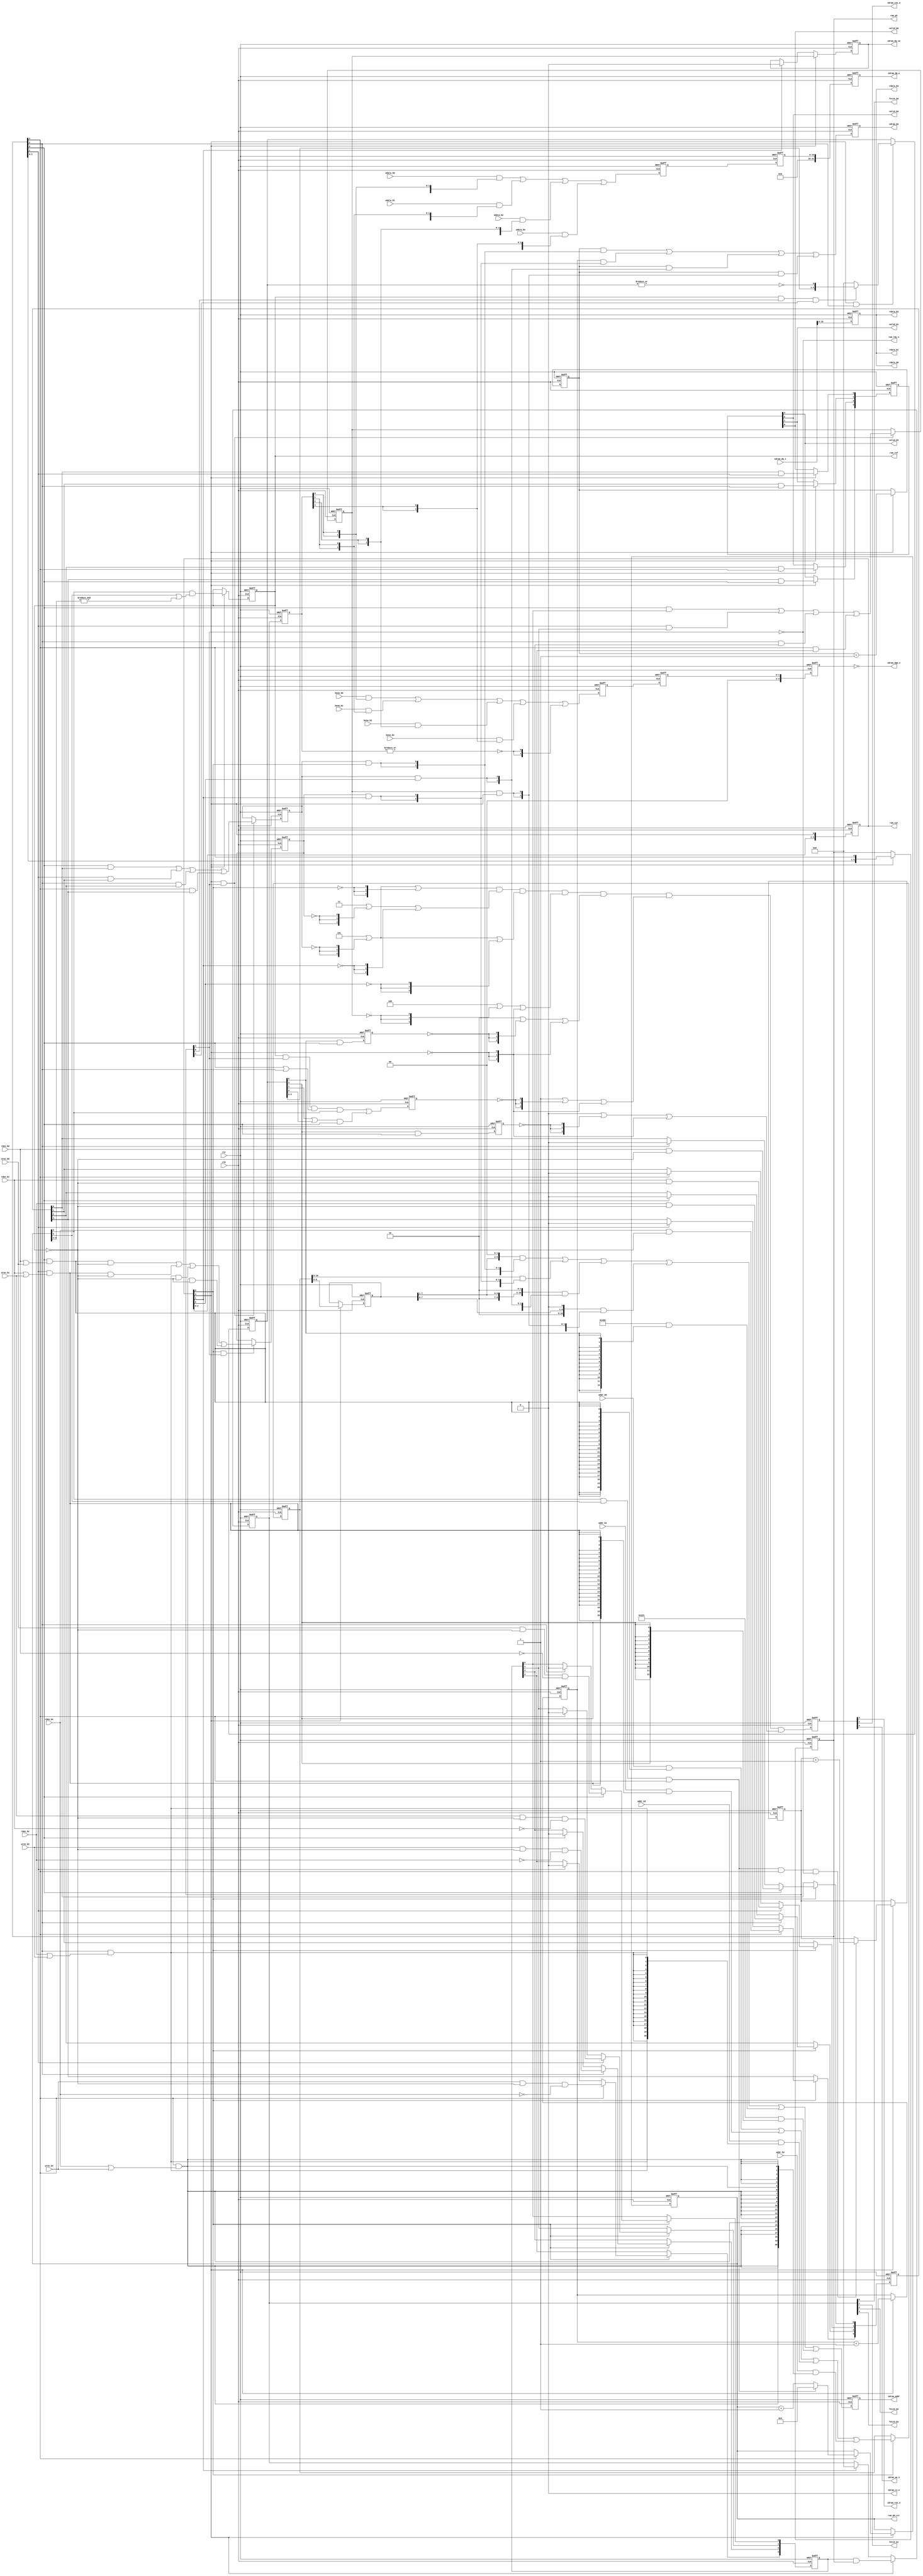
// Copyright 2008-2019 Frederic Requin
//
// This file is part of the 1943 FPGA core
//
// The 1943 FPGA core is free software; you can redistribute it and/or modify
// it under the terms of the GNU General Public License as published by
// the Free Software Foundation; either version 3 of the License, or
// (at your option) any later version.
//
// The 1943 FPGA core is distributed in the hope that it will be useful,
// but WITHOUT ANY WARRANTY; without even the implied warranty of
// MERCHANTABILITY or FITNESS FOR A PARTICULAR PURPOSE.  See the
// GNU General Public License for more details.
//
// You should have received a copy of the GNU General Public License
// along with this program.  If not, see <http://www.gnu.org/licenses/>.

`timescale 1 ns / 1 ps

module sdram_ctrl
(
    //-----------------------------
    // Clock and reset
    //-----------------------------
    input         rst,             // Global reset
    input         clk,             // Master clock (72 MHz)
    
    output        ram_rdy_n,       // SDRAM ready
    output        ram_ref,         // SDRAM refresh
    output  [3:0] ram_cyc,         // SDRAM cycles
    output  [3:0] ram_ph,          // SDRAM phases
    output  [8:0] ram_ph_ctr,      // Phase counter
    
    //-----------------------------
    // Access bank #0
    //-----------------------------
    input         rden_b0,         // Read enable
    input         wren_b0,         // Write enable
    input  [22:2] addr_b0,         // Address (up to 8 MB)
    output        valid_b0,        // Read data valid
    output        fetch_b0,        // Write data fetch
    output [15:0] rdata_b0,        // Read data
    input  [15:0] wdata_b0,        // Write data
    input   [1:0] bena_b0,         // Byte enable
    
    //-----------------------------
    // Access bank #1
    //-----------------------------
    input         rden_b1,         // Read enable
    input         wren_b1,         // Write enable
    input  [22:2] addr_b1,         // Address (up to 8 MB)
    output        valid_b1,        // Read data valid
    output        fetch_b1,        // Write data fetch
    output [15:0] rdata_b1,        // Read data
    input  [15:0] wdata_b1,        // Write data
    input   [1:0] bena_b1,         // Byte enable
    
    //-----------------------------
    // Access bank #2
    //-----------------------------
    input         rden_b2,         // Read enable
    input         wren_b2,         // Write enable
    input  [22:2] addr_b2,         // Address (up to 8 MB)
    output        valid_b2,        // Read data valid
    output        fetch_b2,        // Write data fetch
    output [15:0] rdata_b2,        // Read data
    input  [15:0] wdata_b2,        // Write data
    input   [1:0] bena_b2,         // Byte enable
    
    //-----------------------------
    // Access bank #3
    //-----------------------------
    input         rden_b3,         // Read enable
    input         wren_b3,         // Write enable
    input  [22:2] addr_b3,         // Address (up to 8 MB)
    output        valid_b3,        // Read data valid
    output        fetch_b3,        // Write data fetch
    output [15:0] rdata_b3,        // Read data
    input  [15:0] wdata_b3,        // Write data
    input   [1:0] bena_b3,         // Byte enable
    
    //-----------------------------
    // SDRAM memory signals
    //-----------------------------
    output            sdram_cs_n,  // SDRAM chip select
    output reg        sdram_ras_n, // SDRAM row address strobe
    output reg        sdram_cas_n, // SDRAM column address strobe
    output reg        sdram_we_n,  // SDRAM write enable
    //
    output reg  [1:0] sdram_ba,    // SDRAM bank address
    output reg [12:0] sdram_addr,  // SDRAM address
    //
    output reg  [3:0] sdram_dqm_n, // SDRAM DQ masks
    output reg        sdram_dq_oe, // SDRAM data output enable
    output reg [31:0] sdram_dq_o,  // SDRAM data output
    input      [31:0] sdram_dq_i   // SDRAM data input
);
    // SDRAM memory size (16 or 32 MB)
    parameter SDRAM_SIZE  = 16;
    // SDRAM memory width (16 or 32 bits)
    parameter SDRAM_WIDTH = 16;
    // Clock-to-output delay (for simulation)
    parameter Tco_dly = 4.5;
    // SDRAM commands
    localparam [2:0]
        CMD_LMR = 3'b000,
        CMD_REF = 3'b001,
        CMD_PRE = 3'b010,
        CMD_ACT = 3'b011,
        CMD_WR  = 3'b100,
        CMD_RD  = 3'b101,
        CMD_BST = 3'b110,
        CMD_NOP = 3'b111;
        
    // ======================================================
    // SDRAM sequencer control
    // ======================================================
    
    reg [3:0] r_ram_cyc;
    reg [3:0] r_ram_ph;
    reg [1:0] r_ba0_ctr;
    reg [1:0] r_ba1_ctr;
    reg [8:0] r_ph_ctr;
    reg [2:0] r_ini_ctr;
    reg       r_ref_ena;
    wire      w_bus_eol;
    
    assign w_bus_eol = r_ph_ctr[8] & r_ph_ctr[5] & r_ram_ph[3]; // 288
    
    always@(posedge rst or posedge clk) begin : SEQUENCER_CTRL
        
        if (rst) begin
            r_ram_cyc <= 4'b0001;
            r_ram_ph  <= 4'b0001;
            r_ba0_ctr <= 2'd0;
            r_ba1_ctr <= 2'd3;
            r_ph_ctr  <= 9'd3;
            r_ini_ctr <= 3'd0;
            r_ref_ena <= 1'b0;
        end
        else begin
            r_ram_cyc <= { r_ram_cyc[2:0], r_ram_cyc[3] };
            if (r_ram_cyc[3]) begin
                r_ram_ph  <= { r_ram_ph[2:0], r_ram_ph[3] };
                r_ba0_ctr <= r_ba0_ctr + 2'd1;
                r_ba1_ctr <= r_ba1_ctr + 2'd1;
                // Phase counter : 3 - 288
                if (r_ram_ph[3]) begin
                    r_ph_ctr <= (w_bus_eol) ? 9'd3 : r_ph_ctr + 9'd1;
                end
                // Initialization done after 4 scanlines
                if (w_bus_eol & r_ram_ph[3] & ~r_ini_ctr[2])
                    r_ini_ctr <= r_ini_ctr + 3'd1;
                // Refreshes are enabled during phase 284 - 288
                r_ref_ena <= r_ph_ctr[8] & (r_ph_ctr[5] | &r_ph_ctr[4:2]);
            end
        end
    end
    
    assign ram_ref    = r_ref_ena;
    assign ram_cyc    = r_ram_cyc;
    assign ram_ph     = r_ram_ph;
    assign ram_ph_ctr = r_ph_ctr;
    assign ram_rdy_n  = ~r_ini_ctr[2];
    
    // ======================================================
    // SDRAM phase generation
    // ======================================================
    
    reg [3:0] r_rd_act;
    reg [3:0] r_wr_act;
    
    reg       r_act_ph; // Activate phase
    reg       r_rd_ph;  // Burst read phase
    reg       r_wr_ph;  // Burst write phase
    reg       r_ref_ph; // Auto-refresh phase
    reg [3:0] r_ini_ph; // Initialization phases
    reg       r_pre_ph; // Precharge phase
    reg       r_lmr_ph; // Load mode register phase
    
    always@(posedge rst or posedge clk) begin : PHASE_GEN
    
        if (rst) begin
            r_rd_act <= 4'b0000;
            r_wr_act <= 4'b0000;
            
            r_act_ph <= 1'b0;
            r_rd_ph  <= 1'b0;
            r_wr_ph  <= 1'b0;
            r_ref_ph <= 1'b0;
            r_ini_ph <= 4'b0000;
            r_pre_ph <= 1'b0;
            r_lmr_ph <= 1'b0;
        end
        else begin
            if (r_ram_cyc[0]) begin
                // Access port #0 read/write
                if (r_ram_ph[0]) begin
                    r_rd_act[0] <= rden_b0 & ~r_ref_ena;
                    r_wr_act[0] <= wren_b0 & ~r_ref_ena & ~rden_b0;
                end
                else if (r_ram_ph[2]) begin
                    r_rd_act[0] <= 1'b0;
                    r_wr_act[0] <= 1'b0;
                end
                // Access port #1 read/write
                if (r_ram_ph[1]) begin
                    r_rd_act[1] <= rden_b1 & ~r_ref_ena;
                    r_wr_act[1] <= wren_b1 & ~r_ref_ena & ~rden_b1;
                end
                else if (r_ram_ph[3]) begin
                    r_rd_act[1] <= 1'b0;
                    r_wr_act[1] <= 1'b0;
                end
                // Access port #2 read/write
                if (r_ram_ph[2]) begin
                    r_rd_act[2] <= rden_b2 & ~r_ref_ena;
                    r_wr_act[2] <= wren_b2 & ~r_ref_ena & ~rden_b2;
                end
                else if (r_ram_ph[0]) begin
                    r_rd_act[2] <= 1'b0;
                    r_wr_act[2] <= 1'b0;
                end
                // Access port #3 read/write
                if (r_ram_ph[3]) begin
                    r_rd_act[3] <= rden_b3 & ~r_ref_ena;
                    r_wr_act[3] <= wren_b3 & ~r_ref_ena & ~rden_b3;
                end
                else if (r_ram_ph[1]) begin
                    r_rd_act[3] <= 1'b0;
                    r_wr_act[3] <= 1'b0;
                end
            end
            
            if (r_ram_cyc[0] & r_ini_ctr[2]) begin
                // Activate phase
                r_act_ph <= (r_ram_ph[0] & (rden_b0 | wren_b0) & ~r_ref_ena)
                          | (r_ram_ph[1] & (rden_b1 | wren_b1) & ~r_ref_ena)
                          | (r_ram_ph[2] & (rden_b2 | wren_b2) & ~r_ref_ena)
                          | (r_ram_ph[3] & (rden_b3 | wren_b3) & ~r_ref_ena);
            end
            
            if (r_ram_cyc[3] & r_ini_ctr[2]) begin
                // Read phase
                r_rd_ph  <= (r_ram_ph[0] & r_rd_act[0])
                          | (r_ram_ph[1] & r_rd_act[1])
                          | (r_ram_ph[2] & r_rd_act[2])
                          | (r_ram_ph[3] & r_rd_act[3]);
                // Write phase
                r_wr_ph  <= (r_ram_ph[0] & r_wr_act[0])
                          | (r_ram_ph[1] & r_wr_act[1])
                          | (r_ram_ph[2] & r_wr_act[2])
                          | (r_ram_ph[3] & r_wr_act[3]);
            end

            // Initialization phases (0:PRE, 1:REF, 2:REF, 3:LMR)
            if (r_ram_cyc[3] & r_ram_ph[2]) begin
                if (r_ref_ena & r_ini_ctr[0] & r_ini_ctr[1]) begin
                    r_ini_ph <= { r_ini_ph[2:0], ~|r_ini_ph };
                end
                else begin
                    r_ini_ph <= 4'b0000;
                end
            end
            
            // Precharge phase
            r_pre_ph <= r_ini_ph[0] & r_ram_ph[0];
            
            // Refresh phase
            r_ref_ph <= r_ref_ena & r_ini_ctr[2] & (r_ram_ph[0] | r_ram_ph[2]) & r_ph_ctr[8] // Normal
                      | (r_ini_ph[1] | r_ini_ph[2]) & r_ram_ph[0];                           // Init
            
            // Load mode register phase
            r_lmr_ph <= r_ini_ph[3] & r_ram_ph[0];
            
        end
    end
    
    // ======================================================
    // SDRAM address generation
    // ======================================================
    
    reg  [22:2] r_addr_mux;
    reg  [10:2] r_addr_col;
    reg  [12:0] r_addr_sdr;
    reg   [1:0] r_ba_sdr;

    always@(posedge rst or posedge clk) begin : ADDRESS_GEN
    
        if (rst) begin
            r_addr_mux <= 21'd0;
            r_addr_col <= 9'd0;
            r_addr_sdr <= 13'd0;
            r_ba_sdr   <= 2'b00;
        end
        else begin
            // Port address multiplexer
            if (r_ram_cyc[0]) begin
                r_addr_mux <= addr_b0 & {21{r_ram_ph[0] & (rden_b0 | wren_b0) }}
                            | addr_b1 & {21{r_ram_ph[1] & (rden_b1 | wren_b1) }}
                            | addr_b2 & {21{r_ram_ph[2] & (rden_b2 | wren_b2) }}
                            | addr_b3 & {21{r_ram_ph[3] & (rden_b3 | wren_b3) }};
            end

            // Column address (for read/write op.)
            if (r_ram_cyc[3]) begin
                r_addr_col <= r_addr_mux[10:2];
            end
            
            // Memories layouts :
            // ------------------
            // SDRAM  4M x 32b (128 Mb) : 4 banks x 4096 rows x 256 cols x 32 bits
            // SDRAM  8M x 32b (256 Mb) : 4 banks x 4096 rows x 512 cols x 32 bits
            // SDRAM  8M x 16b (128 Mb) : 4 banks x 4096 rows x 512 cols x 16 bits
            // SDRAM 16M x 16b (256 Mb) : 4 banks x 8192 rows x 512 cols x 16 bits
    
            // Row / col address
            if (SDRAM_WIDTH == 32) begin
                // 32-bit bus
                if (SDRAM_SIZE == 32) begin
                    // 32 MB
                    r_addr_sdr <= { 4'b0000,  r_addr_col[10: 3], 1'b0 } & {13{r_rd_ph  & r_ram_cyc[0]}}  //  512 cols
                                | { 1'b0,     r_addr_mux[22:11]       } & {13{r_act_ph & r_ram_cyc[1]}}  // 4096 rows
                                | { 4'b0010,  r_addr_col[10: 3], 1'b1 } & {13{r_rd_ph  & r_ram_cyc[2]}}  //  512 cols
                                | { 4'b0010,  r_addr_col[10: 2]       } & {13{r_wr_ph  & r_ram_cyc[3]}}  //  512 cols
                                | { 3'b001,             10'b000000000 } & {13{r_ini_ph[0]            }}  // Init : precharge all
                                | { 3'b000,        10'b1_00_010_0_000 } & {13{r_ini_ph[3]            }}; // Init : load mode register (BL=1, CAS=2)
                end
                else begin
                    // 16 MB
                    r_addr_sdr <= { 5'b00000, r_addr_col[ 9: 3], 1'b0 } & {13{r_rd_ph  & r_ram_cyc[0]}}  //  256 cols
                                | { 1'b0,     r_addr_mux[21:10]       } & {13{r_act_ph & r_ram_cyc[1]}}  // 4096 rows
                                | { 5'b00100, r_addr_col[ 9: 3], 1'b1 } & {13{r_rd_ph  & r_ram_cyc[2]}}  //  256 cols
                                | { 5'b00100, r_addr_col[ 9: 2]       } & {13{r_wr_ph  & r_ram_cyc[3]}}  //  256 cols
                                | { 3'b001,             10'b000000000 } & {13{r_ini_ph[0]            }}  // Init : precharge all
                                | { 3'b000,        10'b1_00_010_0_000 } & {13{r_ini_ph[3]            }}; // Init : load mode register (BL=1, CAS=2)
                end
            end
            else begin
                // 16-bit bus
                if (SDRAM_SIZE == 32) begin
                    // 32 MB
                    r_addr_sdr <= { 4'b0000, r_addr_col[9:3], 2'b00 } & {13{r_rd_ph  & r_ram_cyc[0]}}  //  512 cols
                                |            r_addr_mux[22:10]        & {13{r_act_ph & r_ram_cyc[1]}}  // 8192 rows
                                | { 4'b0010, r_addr_col[9:3], 2'b10 } & {13{r_rd_ph  & r_ram_cyc[2]}}  //  512 cols
                                | { 4'b0010, r_addr_col[9:2],  1'b0 } & {13{r_wr_ph  & r_ram_cyc[3]}}  //  512 cols
                                | { 3'b001,           10'b000000000 } & {13{r_ini_ph[0]            }}  // Init : precharge all
                                | { 3'b000,      10'b1_00_010_0_001 } & {13{r_ini_ph[3]            }}; // Init : load mode register (BL=2, CAS=2)
                end
                else begin
                    // 16 MB
                    r_addr_sdr <= { 4'b0000, r_addr_col[9:3], 2'b00 } & {13{r_rd_ph  & r_ram_cyc[0]}}  //  512 cols
                                | { 1'b0,    r_addr_mux[21:10]      } & {13{r_act_ph & r_ram_cyc[1]}}  // 4096 rows
                                | { 4'b0010, r_addr_col[9:3], 2'b10 } & {13{r_rd_ph  & r_ram_cyc[2]}}  //  512 cols
                                | { 4'b0010, r_addr_col[9:2],  1'b0 } & {13{r_wr_ph  & r_ram_cyc[3]}}  //  512 cols
                                | { 3'b001,           10'b000000000 } & {13{r_ini_ph[0]            }}  // Init : precharge all
                                | { 3'b000,      10'b1_00_010_0_001 } & {13{r_ini_ph[3]            }}; // Init : load mode register (BL=2, CAS=2)
                end
            end
            
            // Bank address
            r_ba_sdr   <= r_ba1_ctr & {2{r_rd_ph  & r_ram_cyc[0]}}  // 32-bit read
                        | r_ba0_ctr & {2{r_act_ph & r_ram_cyc[1]}}  // Activate
                        | r_ba1_ctr & {2{r_rd_ph  & r_ram_cyc[2]}}  // 32-bit read with auto-precharge
                        | r_ba1_ctr & {2{r_wr_ph  & r_ram_cyc[3]}}; // 32-bit write with auto-precharge
        end
    end
    
    // ======================================================
    // SDRAM command generation
    // ======================================================
    
    reg  [2:0] r_cmd_sdr;
        
    always@(posedge rst or posedge clk) begin : COMMAND_GEN
        reg [2:0] v_cmd_0;
        reg [2:0] v_cmd_1;
        reg [2:0] v_cmd_2;
        reg [2:0] v_cmd_3;
        reg [2:0] v_cmd_4;
        reg [2:0] v_cmd_5;
        reg [2:0] v_cmd_6;
    
        if (rst) begin
            r_cmd_sdr <= CMD_NOP;
        end
        else begin
            v_cmd_0 = CMD_RD  | {3{~r_rd_ph }};
            v_cmd_1 = CMD_ACT | {3{~r_act_ph}};
            v_cmd_2 = CMD_RD  | {3{~r_rd_ph }};
            v_cmd_3 = CMD_WR  | {3{~r_wr_ph }};
            v_cmd_4 = CMD_PRE | {3{~r_pre_ph}};
            v_cmd_5 = CMD_REF | {3{~r_ref_ph}};
            v_cmd_6 = CMD_LMR | {3{~r_lmr_ph}};
            
            r_cmd_sdr <= (v_cmd_0 | {3{~r_ram_cyc[0]}})
                       & (v_cmd_1 | {3{~r_ram_cyc[1]}})
                       & (v_cmd_2 | {3{~r_ram_cyc[2]}})
                       & (v_cmd_3 | {3{~r_ram_cyc[3]}})
                       & (v_cmd_4 | {3{~r_ram_cyc[3]}})
                       & (v_cmd_5 | {3{~r_ram_cyc[3]}})
                       & (v_cmd_6 | {3{~r_ram_cyc[3]}});
        end
    end
    
    assign sdram_cs_n  = 1'b0;
    
    // Command and address
    /* verilator lint_off STMTDLY */
    always@(*) sdram_ras_n = #Tco_dly r_cmd_sdr[2];
    always@(*) sdram_cas_n = #Tco_dly r_cmd_sdr[1];
    always@(*) sdram_we_n  = #Tco_dly r_cmd_sdr[0];
    always@(*) sdram_ba    = #Tco_dly r_ba_sdr;
    always@(*) sdram_addr  = #Tco_dly r_addr_sdr;
    /* verilator lint_on STMTDLY */
    
    // ======================================================
    // Data being read
    // ======================================================
    
    reg   [3:0] r_data_vld;
    reg         r_data_sel;
    
    reg  [15:0] r_lrdata_p0;
    reg  [15:0] r_hrdata_p0;
    reg  [15:0] r_hrdata_p1;
    wire [15:0] w_rdata_p0;
    
    always@(posedge rst or posedge clk) begin : DATA_READ
        if (rst) begin
            r_data_vld  <= 4'b0000;
            r_data_sel  <= 1'b0;
            r_lrdata_p0 <= 16'h0000;
            r_hrdata_p0 <= 16'h0000;
            r_hrdata_p1 <= 16'h0000;
        end
        else begin
            if (r_ram_cyc[3]) begin
                r_data_vld[0] <= r_rd_act[0] & r_ram_ph[1];
                r_data_vld[1] <= r_rd_act[1] & r_ram_ph[2];
                r_data_vld[2] <= r_rd_act[2] & r_ram_ph[3];
                r_data_vld[3] <= r_rd_act[3] & r_ram_ph[0];
            end
            r_data_sel  <= r_ram_cyc[1] | r_ram_cyc[3];
            r_lrdata_p0 <= sdram_dq_i[15:0];
            r_hrdata_p0 <= sdram_dq_i[31:16];
            r_hrdata_p1 <= r_hrdata_p0;
        end
    end
    
    // 32-bit to 16-bit multiplexer
    assign w_rdata_p0 = (r_data_sel) ? r_hrdata_p1 : r_lrdata_p0;
    
    // Access Port #0
    assign rdata_b0 = (SDRAM_WIDTH == 32) ? w_rdata_p0 : r_lrdata_p0;
    assign valid_b0 = r_data_vld[0];
    
    // Access Port #1
    assign rdata_b1 = (SDRAM_WIDTH == 32) ? w_rdata_p0 : r_lrdata_p0;
    assign valid_b1 = r_data_vld[1];
    
    // Access Port #2
    assign rdata_b2 = (SDRAM_WIDTH == 32) ? w_rdata_p0 : r_lrdata_p0;
    assign valid_b2 = r_data_vld[2];
    
    // Access Port #3
    assign rdata_b3 = (SDRAM_WIDTH == 32) ? w_rdata_p0 : r_lrdata_p0;
    assign valid_b3 = r_data_vld[3];
    
    // ======================================================
    // Data being written
    // ======================================================
    
    reg   [3:0] r_data_fe_p0;
    reg   [3:0] r_data_fe_p1;
    reg         r_data_oe;
    
    reg  [15:0] r_wdata_p2a;
    reg  [15:0] r_wdata_p2b;
    reg  [31:0] r_wdata_p3;
    
    reg   [1:0] r_bena_p2a;
    reg   [1:0] r_bena_p2b;
    reg   [3:0] r_bena_p3;
    
    always@(posedge rst or posedge clk) begin : DATA_WRITE
        if (rst) begin
            r_data_fe_p0 <= 4'b0000;
            r_data_fe_p1 <= 4'b0000;
            r_data_oe    <= 1'b0;
            r_wdata_p2a  <= 16'h0000;
            r_wdata_p2b  <= 16'h0000;
            r_wdata_p3   <= 32'h0000_0000;
            r_bena_p2a   <= 2'b00;
            r_bena_p2b   <= 2'b00;
            r_bena_p3    <= 4'b00_00;
        end
        else begin
            if (r_ram_cyc[3]) begin
                r_data_fe_p0 <= r_wr_act & r_ram_ph;
                r_data_oe    <= r_wr_ph;
            end
            else if (r_ram_cyc[1]) begin
                r_data_fe_p0 <= 4'b0000;
                r_data_oe    <= 1'b0;
            end
            r_data_fe_p1 <= r_data_fe_p0;
            
            if (SDRAM_WIDTH == 32) begin
                // 16-bit -> 32-bit bus
                if (r_data_sel) begin
                    r_wdata_p2b <= wdata_b0 & {16{r_data_fe_p1[0]}}
                                 | wdata_b1 & {16{r_data_fe_p1[1]}}
                                 | wdata_b2 & {16{r_data_fe_p1[2]}}
                                 | wdata_b3 & {16{r_data_fe_p1[3]}};
                    r_bena_p2b  <= bena_b0 & {2{r_data_fe_p1[0]}}
                                 | bena_b1 & {2{r_data_fe_p1[1]}}
                                 | bena_b2 & {2{r_data_fe_p1[2]}}
                                 | bena_b3 & {2{r_data_fe_p1[3]}}
                                 | {2{~|r_data_fe_p1}};
                end
                else begin
                    r_wdata_p2a <= wdata_b0 & {16{r_data_fe_p1[0]}}
                                 | wdata_b1 & {16{r_data_fe_p1[1]}}
                                 | wdata_b2 & {16{r_data_fe_p1[2]}}
                                 | wdata_b3 & {16{r_data_fe_p1[3]}};
                    r_bena_p2a  <= bena_b0 & {2{r_data_fe_p1[0]}}
                                 | bena_b1 & {2{r_data_fe_p1[1]}}
                                 | bena_b2 & {2{r_data_fe_p1[2]}}
                                 | bena_b3 & {2{r_data_fe_p1[3]}}
                                 | {2{~|r_data_fe_p1}};
                end
                r_wdata_p3  <= { r_wdata_p2b, r_wdata_p2a };
                r_bena_p3   <= { r_bena_p2b, r_bena_p2a };
            end
            else begin
                // 16-bit bus
                r_wdata_p2a <= wdata_b0 & {16{r_data_fe_p1[0]}}
                             | wdata_b1 & {16{r_data_fe_p1[1]}}
                             | wdata_b2 & {16{r_data_fe_p1[2]}}
                             | wdata_b3 & {16{r_data_fe_p1[3]}};
                r_wdata_p2b <= r_wdata_p2a;
                r_wdata_p3  <= { 16'h0000, r_wdata_p2b };
                
                r_bena_p2a  <= bena_b0 & {2{r_data_fe_p1[0]}}
                             | bena_b1 & {2{r_data_fe_p1[1]}}
                             | bena_b2 & {2{r_data_fe_p1[2]}}
                             | bena_b3 & {2{r_data_fe_p1[3]}}
                             | {2{~|r_data_fe_p1}};
                r_bena_p2b  <= r_bena_p2a;
                r_bena_p3   <= { 2'b00, r_bena_p2b };
            end
        end
    end
    
    // Output mask, data & enable
    /* verilator lint_off STMTDLY */
    always@(*) sdram_dqm_n = #Tco_dly ~r_bena_p3;
    always@(*) sdram_dq_o  = #Tco_dly r_wdata_p3;
    always@(*) sdram_dq_oe = #Tco_dly r_data_oe;
    /* verilator lint_on STMTDLY */
    
    // Access Port #0
    assign fetch_b0 = r_data_fe_p0[0];
    
    // Access Port #1
    assign fetch_b1 = r_data_fe_p0[1];
    
    // Access Port #2
    assign fetch_b2 = r_data_fe_p0[2];
    
    // Access Port #3
    assign fetch_b3 = r_data_fe_p0[3];
    
endmodule